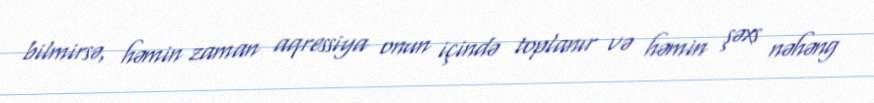
bilmirsə, həmin zaman aqressiya onun içində toplanır və həmin şəxs nəhəng